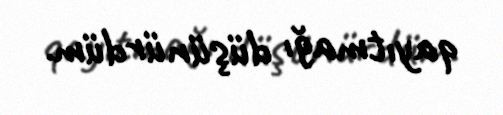
qayıtmağı düşünürdüm.